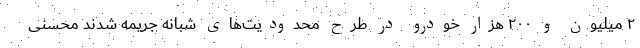
۲ میلیون و ۲۰۰ هزار خودرو در طرح محدودیت‌های شبانه جریمه شدند محسنی